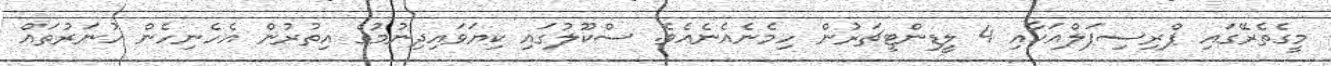
މީގެތެރޭގައި ޕްރިސިޕަލްއަކާއި 4 ލީޑިންޓީޗަރުން ހިމެނެއެނެއެވެ. ސްކޫލުގައި ކިޔަވައިދިނުމުގެ އިތުރުން އެހެނިހެން ހުނަރުތައް